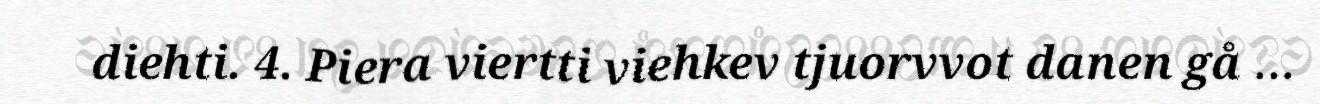
diehti. 4. Piera viertti viehkev tjuorvvot danen gå …